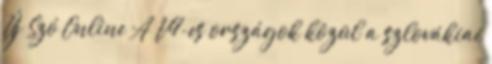
Új Szó Online A V4-es országok közül a szlovákiai